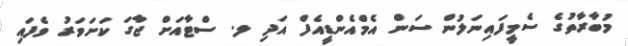
މުބާރާތުގެ ސެމީފައިނަލުން ސަން އެމްއެންޑީއެފް އަދި ލ. ސްޓާއަށް ޖާގަ ކަށަވަރު ވެފައި